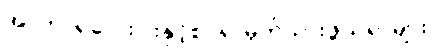
အာဟာရလေးပါးနှင့်စပ်၍ မှတ်သားဖွယ်ရာများ။